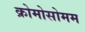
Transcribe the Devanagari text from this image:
क्रोमोसोमम